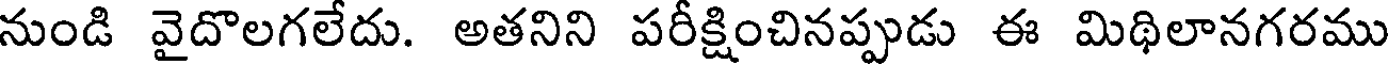
నుండి వైదొలగలేదు. అతనిని పరీక్షించినప్పుడు ఈ మిథిలానగరము